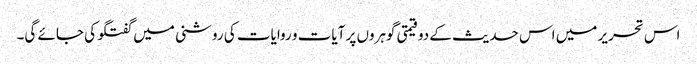
اس تحریر میں اس حدیث کے دو قیمتی گوہروں پر آیات و روایات کی روشنی میں گفتگو کی جائے گی۔